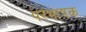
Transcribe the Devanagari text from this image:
परभाषक